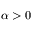
\alpha > 0